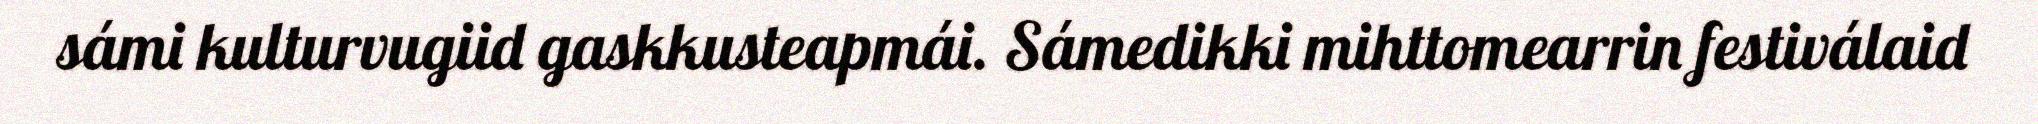
sámi kulturvugiid gaskkusteapmái. Sámedikki mihttomearrin festiválaid